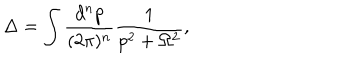
\Delta = \int \frac { d ^ { n } p } { ( 2 \pi ) ^ { n } } \frac { 1 } { p ^ { 2 } + \Omega ^ { 2 } } ,